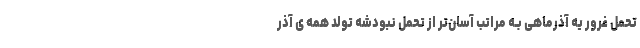
تحمل غرور یه آذرماهی بـه مراتب آسان‌تر از تحمل نبودشه تولد همه ی آذر